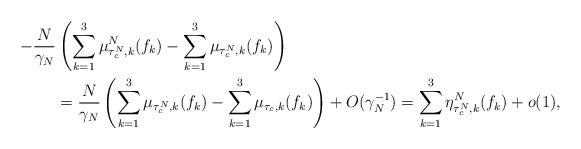
LaTeX: \begin{align*}-\frac{N}{\gamma_N}&\left(\sum_{k=1}^3\mu^N_{\tau_c^N,k}(f_k)-\sum_{k=1}^3\mu_{\tau_c^N,k}(f_k)\right) \\&=\frac{N}{\gamma_N}\left(\sum_{k=1}^3\mu_{\tau_c^N, k}(f_k)-\sum_{k=1}^3\mu_{\tau_c,k}(f_k)\right)+O(\gamma_N^{-1})=\sum_{k=1}^3\eta^N_{\tau_c^N,k}(f_k)+o(1), \end{align*}